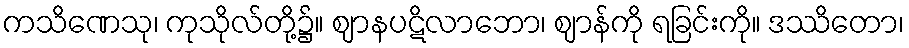
ကသိဏေသု၊ ကုသိုလ်တို့၌။ ဈာနပဋိလာဘော၊ ဈာန်ကို ရခြင်းကို။ ဒဿိတော၊